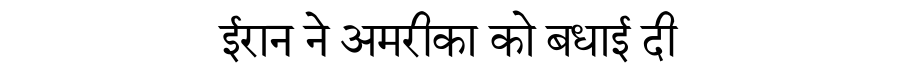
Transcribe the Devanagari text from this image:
ईरान ने अमरीका को बधाई दी